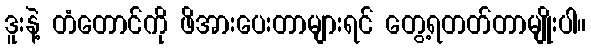
ဒူးနဲ့ တံတောင်ကို ဖိအားပေးတာများရင် တွေ့ရတတ်တာမျိုးပါ။